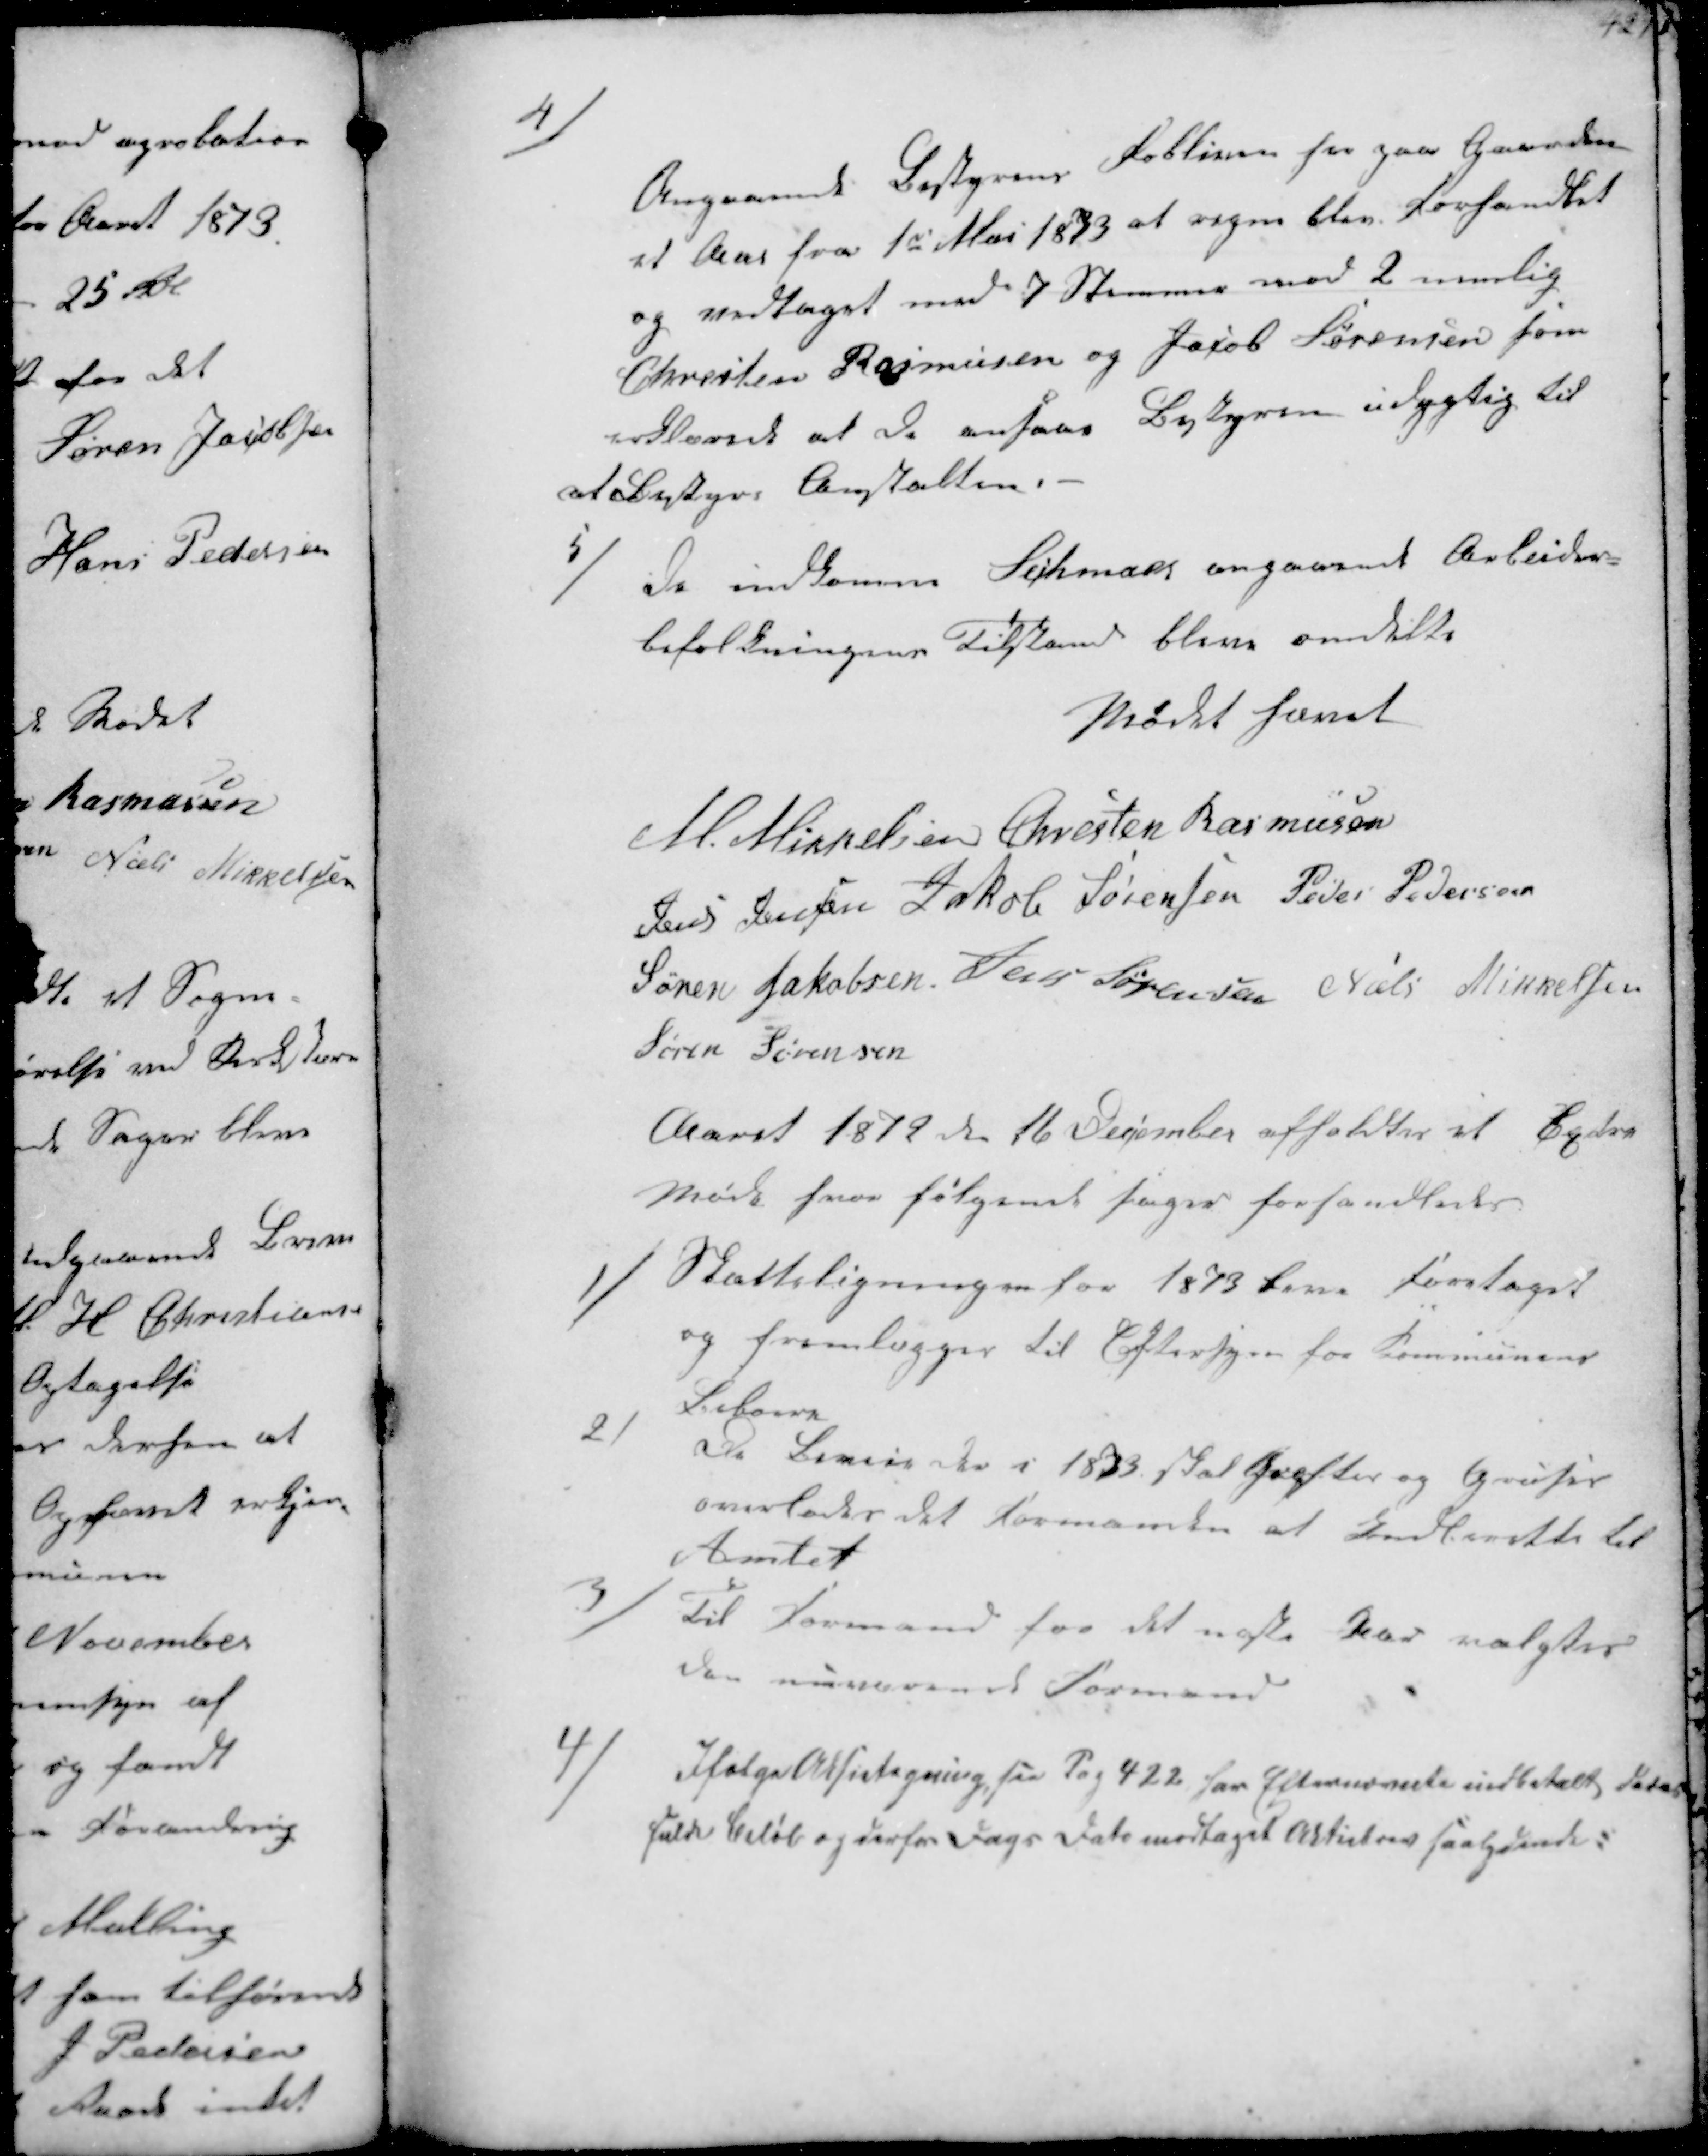
Transskription:
4/
Angaaende Bestyrens Fobliven her paa Gaarden
et Aar fra 1st Mai 1873 at regne blev Forhandlet
og vedtaget med 7 Stemmer mod 2 nemlig
Chresten Rasmusen og Jacob Sørensen som
erklærede at de ansaa Bestyren udygtig til
at Bestyre Anstalten.

5 /
de indkomne Schmaer angaaende Arbeider-
befolkningens Tilstand bleve omdelte
Mødet hævet
M. Mikkelsen Chresten Rasmusen
Jens Jensen Jakob Sørensen Peder Pedersen
Søren Jakobsen Jens Sørensen Niels Mikkelsen
Søren Sørensen

Aaret 1879 den 16 December afholdtes et Extra
Møde hvor følgende sager forhandledes.
1/
Skatteligningen for 1873 beve foretaget
og fremlægges til Eftersyn for Kommunens
Beboere

2/
De Biveje der i 1873 skal Grøftes og Gruses
overlades det Formanden at Indberette til
Amtet

3/
Til Formand for det næste Aar valgtes
den nuværende Formand

4/
Ifølge Aksietegning for Sag 422 har Efternævnte indbetalt det
fulde Beløb og derfor Dags Dato modtaget Aktiebrev saalydende: